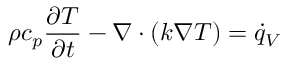
\rho c _ { p } { \frac { \partial T } { \partial t } } - \nabla \cdot \left( k \nabla T \right) = { \dot { q } } _ { V }